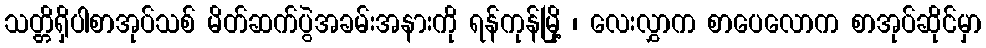
သတ္တိရှိပါစာအုပ်သစ် မိတ်ဆက်ပွဲအခမ်းအနားကို ရန်ကုန်မြို့ ၊ လေးလွှာက စာပေလောက စာအုပ်ဆိုင်မှာ